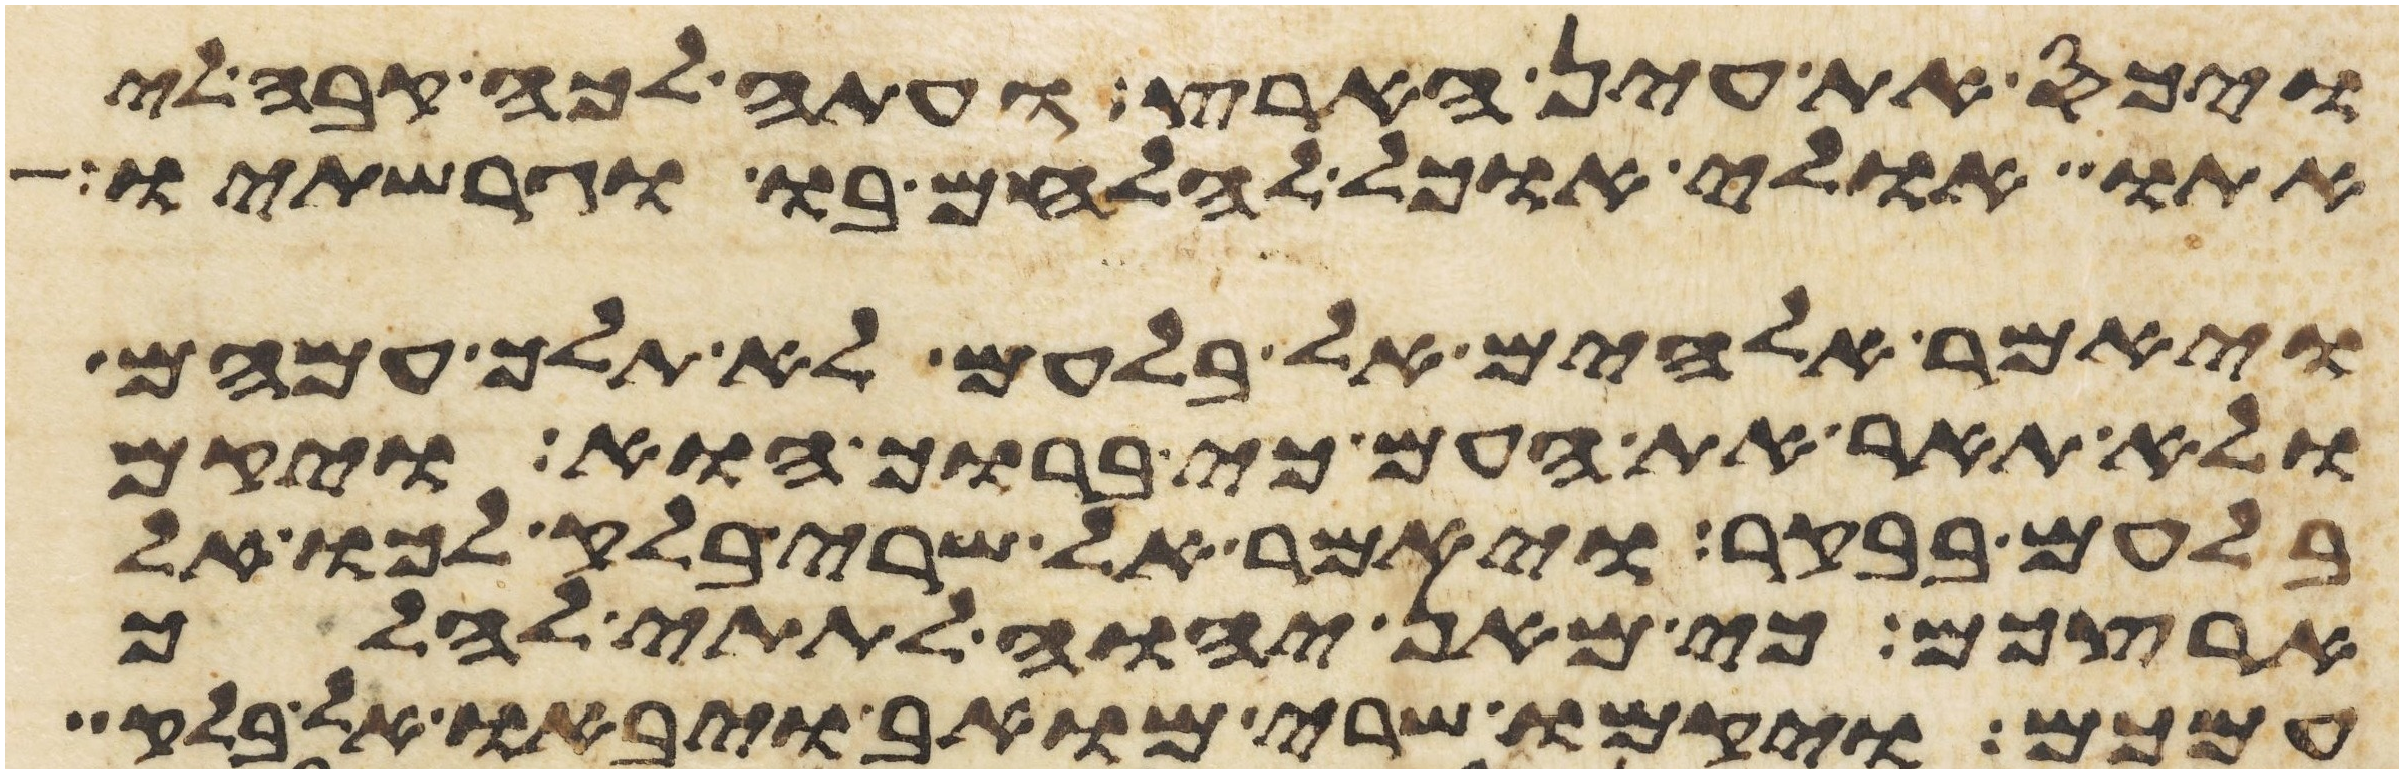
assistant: ויכס את עין הארץ ועתה לכה קבה לי
אתו אולי אוכל להלחם בו וגרשתיו
ויאמר אלהים אל בלעם לא תלך עמהם
ולא תאר את העם כי ברוך הוא ויקם
בלעם בבקר ויאמר אל שרי בלק לכו אל
ארצכם כי מאן יהוה לתתי להלך
עמכם ויקמו שרי מואב ויבאו אל בלק